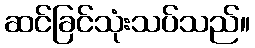
ဆင်ခြင်သုံးသပ်သည်။